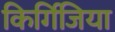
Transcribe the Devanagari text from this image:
किर्गिजिया